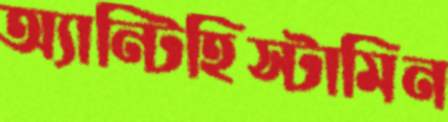
অ্যান্টিহিস্টামিন